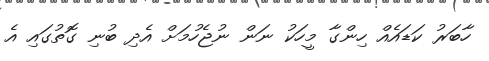
ހާބަރު ކަޑައެއް ހިންގާ މީހަކު ނަން ނުޖެހުމަށް އެދި ބުނި ގޮތުގައި އެ